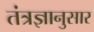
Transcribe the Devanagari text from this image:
तंत्रज्ञानुसार